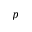
p